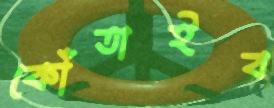
কোঁতাইব